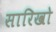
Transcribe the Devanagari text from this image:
सारिखो